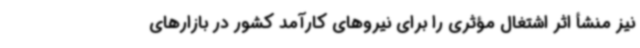
نیز منشأ اثر اشتغال مؤثری را برای نیروهای کارآمد کشور در بازارهای